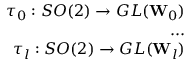
\begin{array} { r } { \tau _ { 0 } : S O ( 2 ) \rightarrow G L ( \mathbf { W } _ { 0 } ) } \\ { . . . } \\ { \tau _ { l } : S O ( 2 ) \rightarrow G L ( \mathbf { W } _ { l } ) } \end{array}